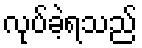
လုပ်ခဲ့ရသည်